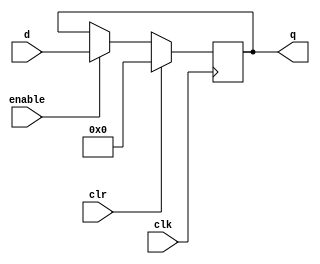
// This program was cloned from: https://github.com/conboy/elec374-cpu
// License: MIT License

module reg_32_bit (
	input wire clk,
	input wire clr,
	input wire enable,
	input wire [31:0] d,
	output reg [31:0] q
);

	// Initialize output to 0
	initial q = 0;

	// Register behavior
	always @ (posedge clk) begin
		if (clr)
			q <= 0;
		else if (enable)
			q <= d;
	end

endmodule

module pc_reg (
	input wire clk,				// clock signal
	input wire en,				// write/enable signal
	input wire pc_increment,	// increment the pc
	input wire [31:0] pc_in,	// 32-bit input to register (BusMuxOut)
	output reg [31:0] pc_out	// 32-bit output from register (BusMuxIn_PC)
);

	// Initialize output to 0
	initial pc_out = 0;

	// Register behavior
	always @ (posedge clk) begin
		if (pc_increment)
			pc_out <= pc_out + 1;
		else if (en)
			pc_out = pc_in;
	end

endmodule